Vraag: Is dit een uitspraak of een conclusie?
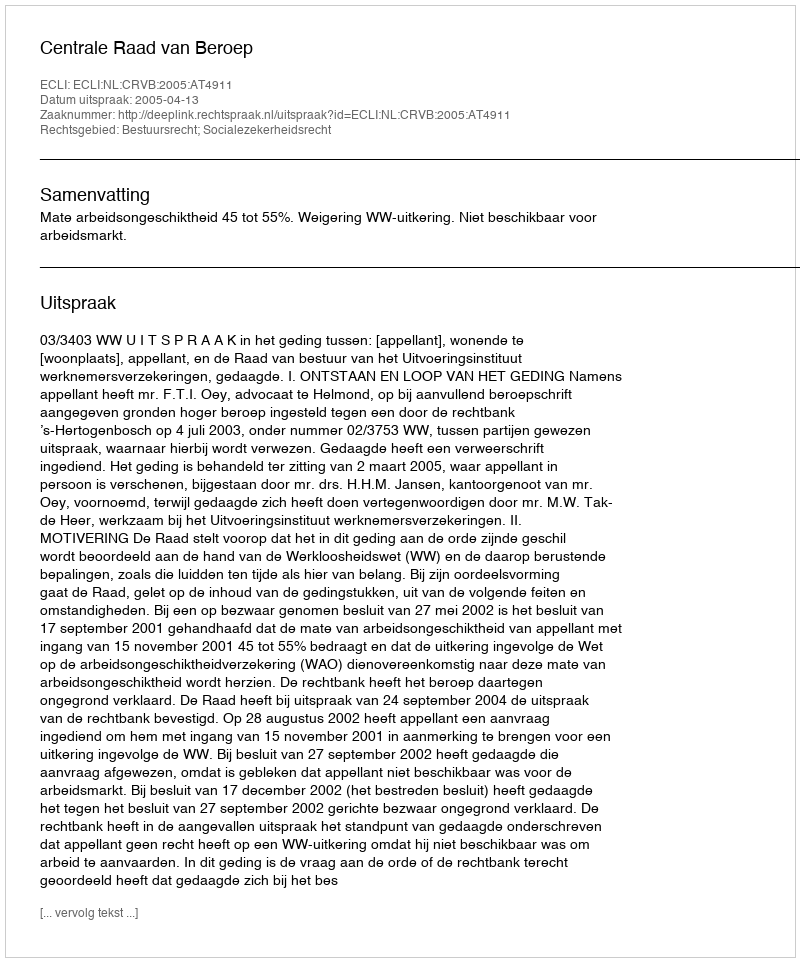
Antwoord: Uitspraak